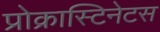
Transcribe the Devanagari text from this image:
प्रोक्रास्टिनेटस